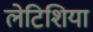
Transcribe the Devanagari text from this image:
लेटिशिया